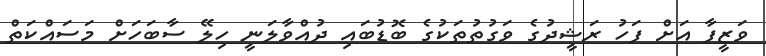
ވަޒީފާ އަށް ފަހު ރަޝީދުގެ ވަގުތުތަކުގެ ބޮޑުބައި ދުއްވާލަނީ ހިލޭ ސާބަހަށް މަސައްކަތް